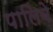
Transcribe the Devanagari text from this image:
पालिबे